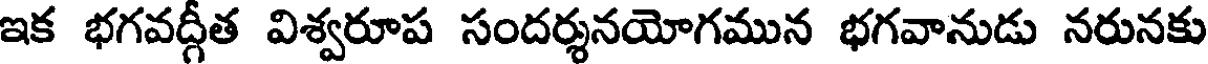
ఇక భగవద్గీత విశ్వరూప సందర్శనయోగమున భగవానుడు నరునకు